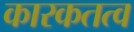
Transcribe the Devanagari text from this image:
कारकतत्व